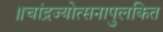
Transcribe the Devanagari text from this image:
॥चांद्रज्योत्सनापुलकित